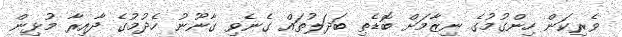
ވެރިކަން ހިންގުމުގެ ނިޒާމަށް ބޮޑެތި ބަދަލުތައް ގެނެވި ގާނޫނު ހެދުމުގެ ދާއިރާ މުޅިން